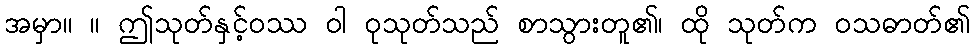
အမှာ။ ။ ဤသုတ်နှင့်ဝဿ ဝါ ဝုသုတ်သည် စာသွားတူ၏၊ ထို သုတ်က ဝသဓာတ်၏